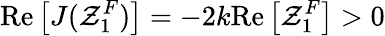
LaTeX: \mathrm{Re}\left[J(\mathcal{Z}_{1}^{F})\right]=-2k\mathrm{Re}\left[\mathcal{Z}_{1}^{F}\right]>0